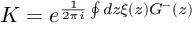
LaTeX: K = e ^ { \frac { 1 } { 2 \pi i } \oint d z \xi ( z ) G ^ { - } ( z ) }